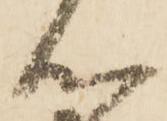
心